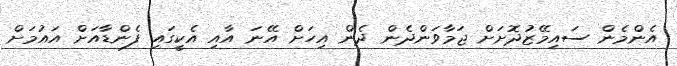
އެންމެން ސައިމޭޒުދޮށަށް ޖަމާވަންދެން ދެން އިހަށް އޭނަ އާއި އެކީގައި ފެންޑާއަށް އައުމަށް